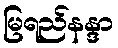
မြရည်နန္ဒာ